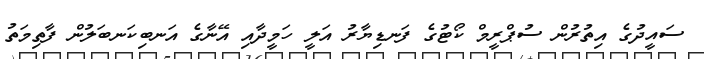
ސައީދުގެ އިތުރުން ސުޕްރީމް ކޯޓުގެ ފަނޑިޔާރު އަލީ ހަމީދާއި އޭނާގެ އަނބިކަނބަލުން ފާތިމަތު